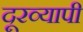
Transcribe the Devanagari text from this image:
दूरव्यापी